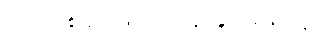
ခင်ဗျားမှာ ဖြတ်သန်းခွင့် မရှိဘူး။